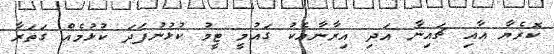
ކޮރެޔާ އާއި ޗައިނާ އަދި އިރާނާއެކު ގައުމީ ޓީމު ކުޅުނުފަދަ ކުޅުމެއް ގަތަރާ